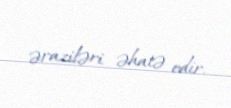
əraziləri əhatə edir.